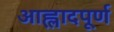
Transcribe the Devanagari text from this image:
आह्लादपूर्ण